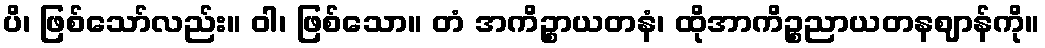
ပိ၊ ဖြစ်သော်လည်း။ ဝါ၊ ဖြစ်သော။ တံ အကိဉ္စာယတနံ၊ ထိုအာကိဉ္စညာယတနဈာန်ကို။